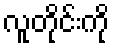
လူတိုင်းကို